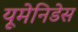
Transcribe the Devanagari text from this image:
यूमेनिडेस